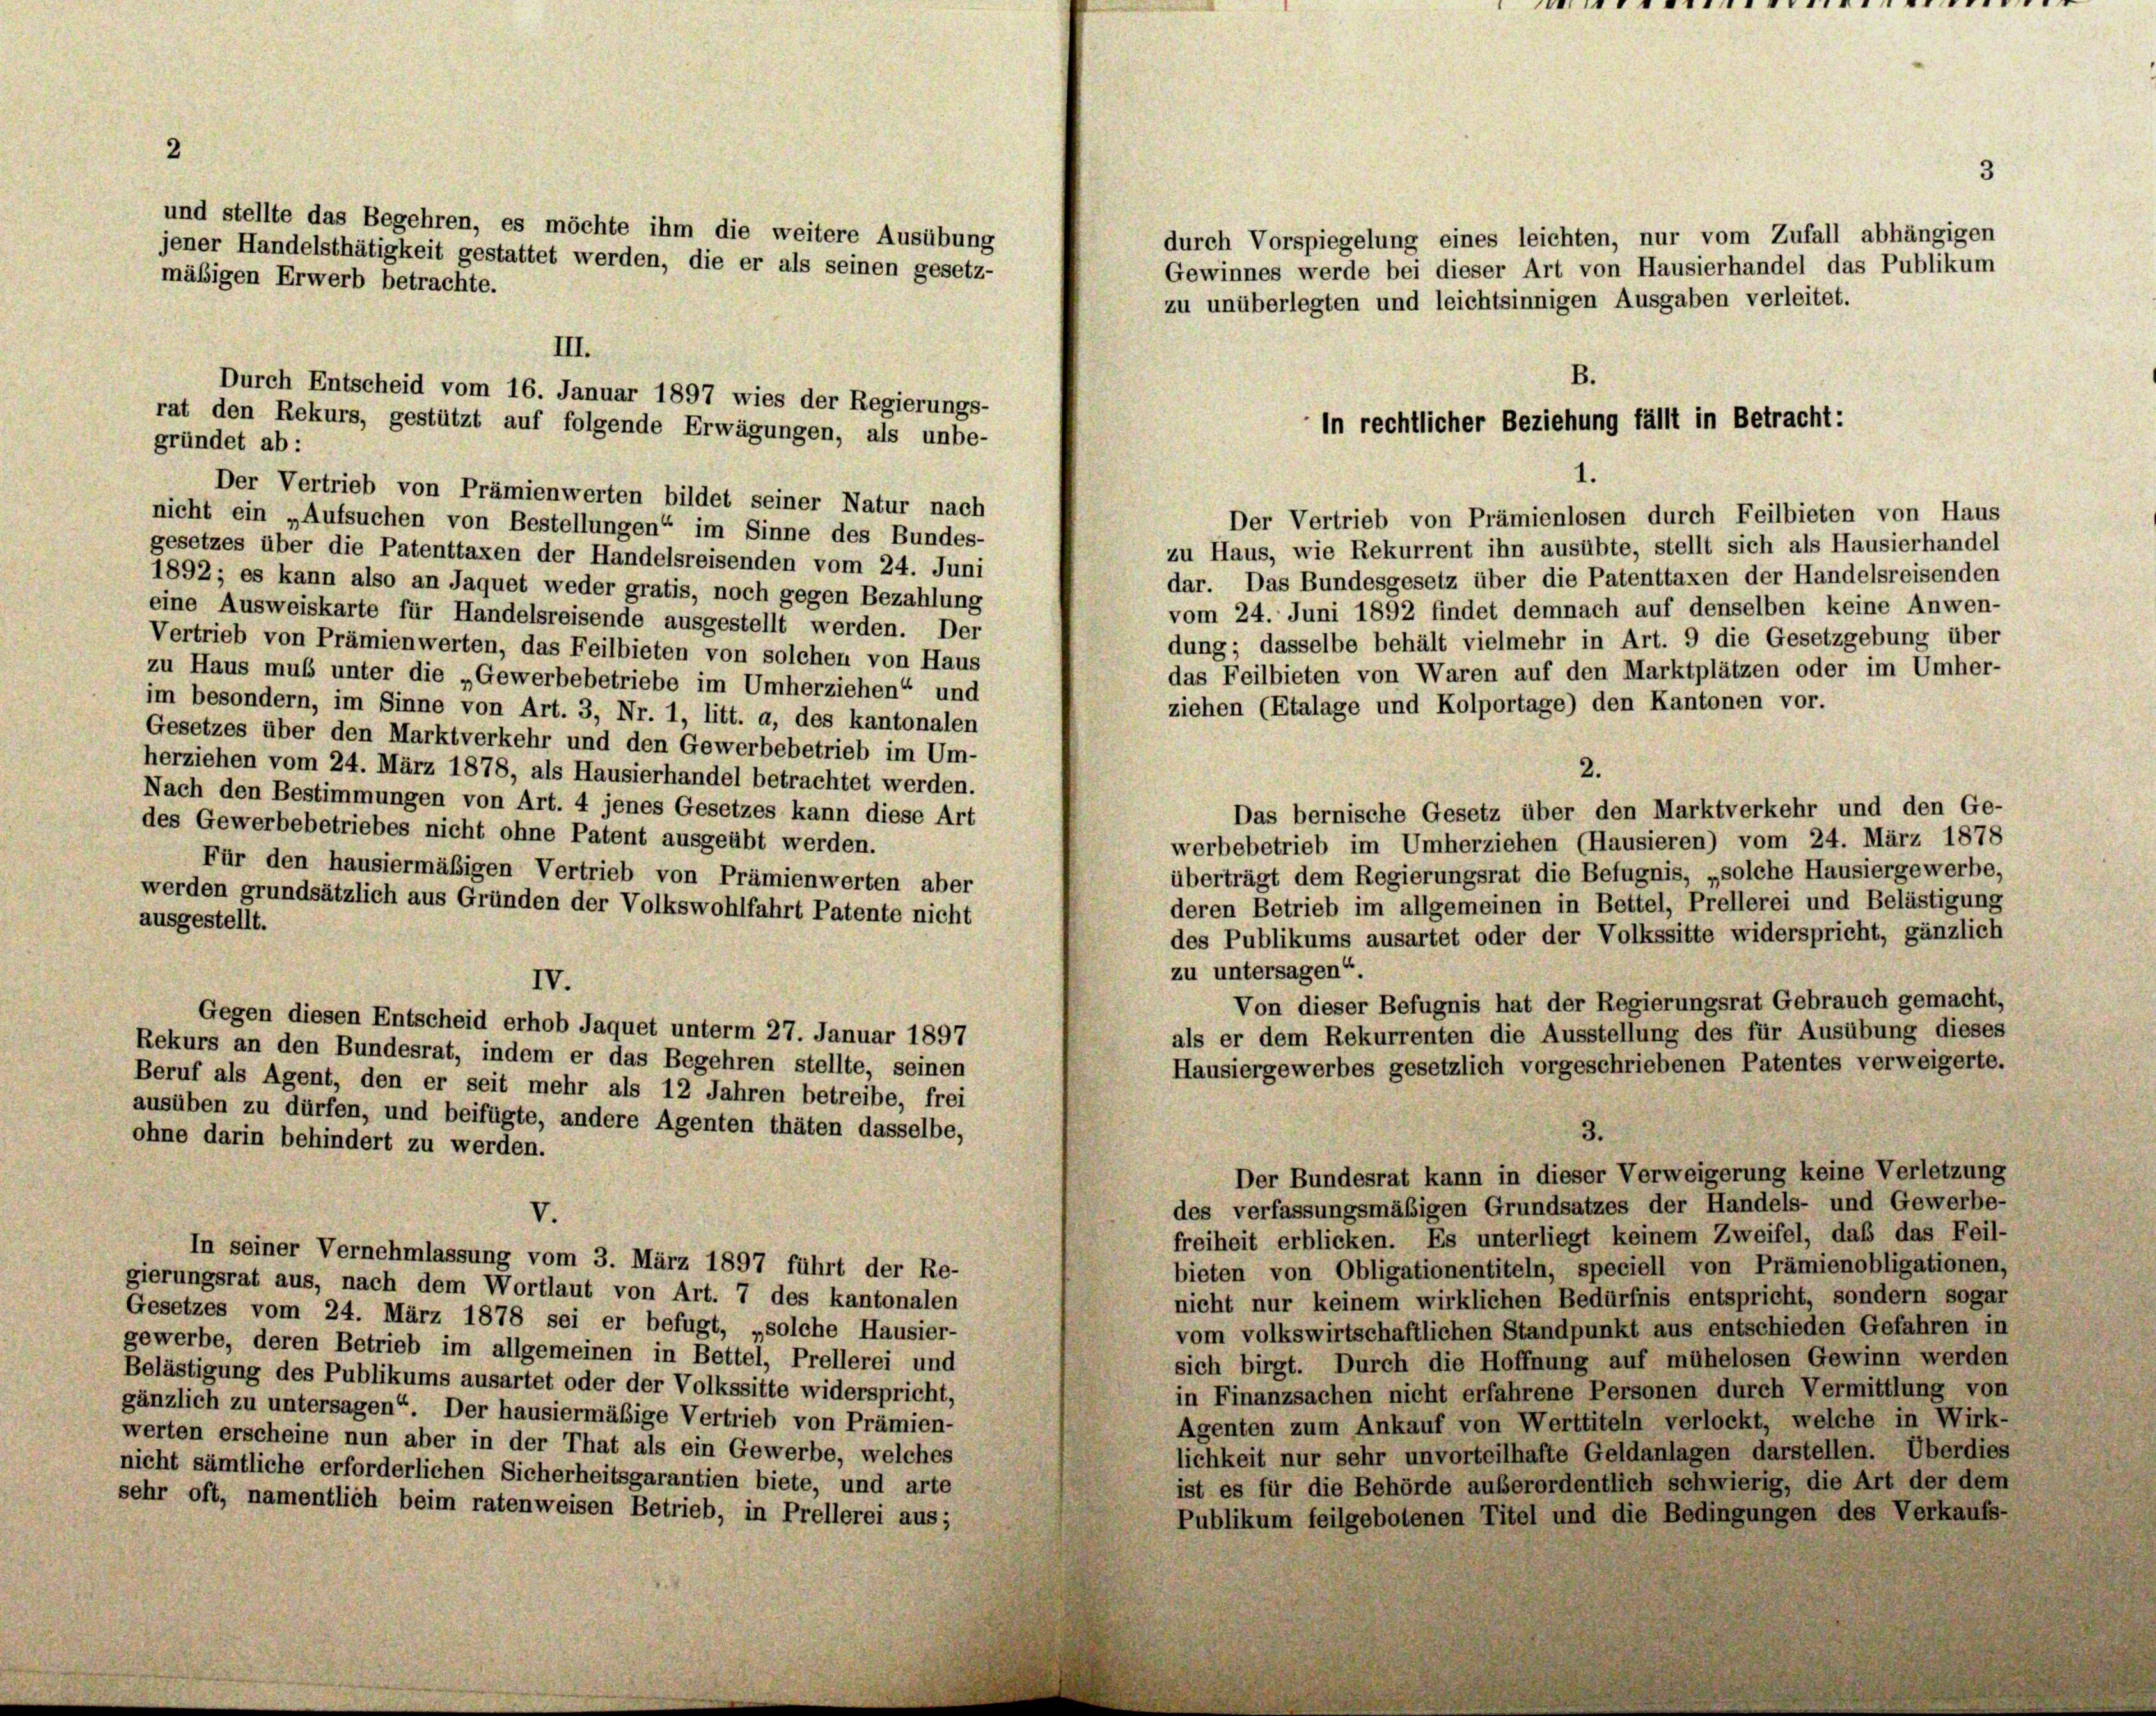
2

III.
Durch Entscheid vom 16. Januar 1897 wies der Regierungs-

B.
in rechtlicher Beziehung fällt in Betracht:
1.
Der Vertrieb von Prämienlosen durch Feilbieten von Haus

e

3

und stellte das Begehren, es möchte ihm die weitere Ausübung
durch Vorspiegelung eines leichten, nur vom Zufall abhängigen
jener Handelsthätigkeit gestattet werden, die er als seinen gesetz-
Gewinnes werde bei dieser Art von Hausierhandel das Publikum
mäßigen Erwerb betrachte.
zu unüberlegten und leichtsinnigen Ausgaben verleitet.
rat den Rekurs, gestützt auf folgende Erwägungen, als unbe-
gründet ab:
Der Vertrieb von Prämienwerten bildet seiner Natur nach
nicht ein „Aufsuchen von Bestellungen“ im Sinne des Bundes-
zu Haus, wie Rekurrent ihn ausübte, stellt sich als Hausierhandel
gesetzes über die Patenttaxen der Handelsreisenden vom 24. Juni
dar. Das Bundesgesetz über die Patenttaxen der Handelsreisenden
1892; es kann also an Jaquet weder gratis, noch gegen Bezahlung
vom 24. Juni 1892 findet demnach auf denselben keine Anwen-
eine Ausweiskarte für Handelsreisende ausgestellt werden. Der
dung; dasselbe behält vielmehr in Art. 9 die Gesetzgebung über
Vertrieb von Prämienwerten, das Feilbieten von solchen von Haus
das Feilbieten von Waren auf den Marktplätzen oder im Umher-
zu Haus muß unter die „Gewerbebetriebe im Umherziehen“ und
ziehen (Etalage und Kolportage) den Kantonen vor.
im besondern, im Sinne von Art. 3, Nr. 1, litt. a, des kantonalen
Gesetzes über den Marktverkehr und den Gewerbebetrieb im Um-
herziehen vom 24. März 1878, als Hausierhandel betrachtet werden.
2.
Nach den Bestimmungen von Art. 4 jenes Gesetzes kann diese Art
Das bernische Gesetz über den Marktverkehr und den Ge-
des Gewerbebetriebes nicht ohne Patent ausgeübt werden.
werbebetrieb im Umherziehen (Hausieren) vom 24. März 1878
Für den hausiermäßigen Vertrieb von Prämienwerten aber
überträgt dem Regierungsrat die Befugnis, „solche Hausiergewerbe,
werden grundsätzlich aus Gründen der Volkswohlfahrt Patente nicht
deren Betrieb im allgemeinen in Bettel, Prellerei und Belästigung
ausgestellt.
des Publikums ausartet oder der Volkssitte widerspricht, gänzlich
zu untersagen“.
IV.
Von dieser Befugnis hat der Regierungsrat Gebrauch gemacht,
Gegen diesen Entscheid erhob Jaquet unterm 27. Januar 1897
als er dem Rekurrenten die Ausstellung des für Ausübung dieses
Rekurs an den Bundesrat, indem er das Begehren stellte, seinen
Hausiergewerbes gesetzlich vorgeschriebenen Patentes verweigerte.
Beruf als Agent, den er seit mehr als 12 Jahren betreibe, frei
ausüben zu dürfen, und beifügte, andere Agenten thäten dasselbe,
3.
ohne darin behindert zu werden.
Der Bundesrat kann in dieser Verweigerung keine Verletzung
des verfassungsmäßigen Grundsatzes der Handels- und Gewerbe-
V.
freiheit erblicken. Es unterliegt keinem Zweifel, daß das Feil-
In seiner Vernehmlassung vom 3. März 1897 führt der Re-
bieten von Obligationentiteln, speciell von Prämienobligationen,
gierungsrat aus, nach dem Wortlaut von Art. 7 des kantonalen
nicht nur keinem wirklichen Bedürfnis entspricht, sondern sogar
Gesetzes vom 24. März 1878 sei er befugt, „solche Hausier-
vom volkswirtschaftlichen Standpunkt aus entschieden Gefahren in
gewerbe, deren Betrieb im allgemeinen in Bettel, Prellerei und
sich birgt. Durch die Hoffnung auf mühelosen Gewinn werden
Belästigung des Publikums ausartet oder der Volkssitte widerspricht,
in Finanzsachen nicht erfahrene Personen durch Vermittlung von
gänzlich zu untersagen“. Der hausiermäßige Vertrieb von Prämien-
Agenten zum Ankauf von Werttiteln verlockt, welche in Wirk-
werten erscheine nun aber in der That als ein Gewerbe, welches
lichkeit nur sehr unvorteilhafte Geldanlagen darstellen. Überdies
nicht sämtliche erforderlichen Sicherheitsgarantien biete, und arte
ist es für die Behörde außerordentlich schwierig, die Art der dem
sehr oft, namentlich beim ratenweisen Betrieb, in Prellerei aus;
Publikum feilgebotenen Titel und die Bedingungen des Verkaufs-